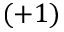
( + 1 )